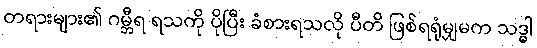
တရားများ၏ ဂမ္ဘီရ ရသကို ပိုပြီး ခံစားရသလို ပီတိ ဖြစ်ရရုံမျှမက သဒ္ဓါ